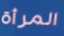
المرأة